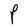
Character: P